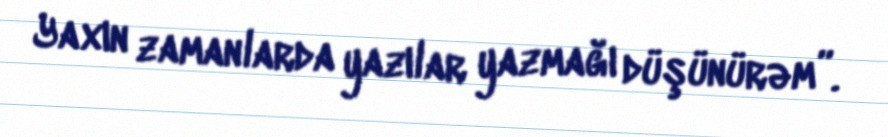
Yaxın zamanlarda yazılar yazmağı düşünürəm”.